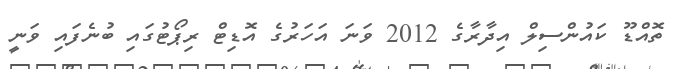
ތޮއްޑޫ ކައުންސިލް އިދާރާގެ 2012 ވަނަ އަހަރުގެ އޮޑިޓް ރިޕޯޓުގައި ބުނެފައި ވަނީ